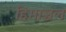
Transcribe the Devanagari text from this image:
हिमाञ्चल